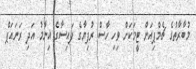
މުބާރާތުގެ ޗެމްޕިއަން ޓީމަކަށް ވިހި ހާސް ރުފިޔާގެ ފައިސާގެ އިނާމު އަދި ރަނައަޕް